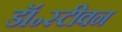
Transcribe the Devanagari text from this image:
डॉ॰स्टीवन